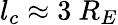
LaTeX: l_{c}\approx 3~R_{E}